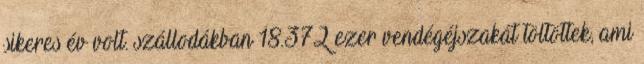
sikeres év volt. szállodákban 18.372 ezer vendégéjszakát töltöttek, ami